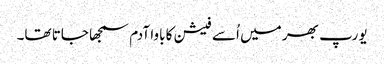
یورپ بھر میں اُسے فیشن کا باوا آدم سمجھا جاتا تھا۔